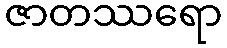
ဇာတဿရော